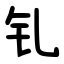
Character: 钆